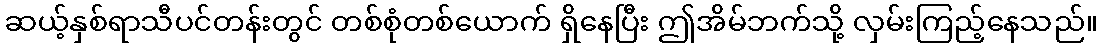
ဆယ့်နှစ်ရာသီပင်တန်းတွင် တစ်စုံတစ်ယောက် ရှိနေပြီး ဤအိမ်ဘက်သို့ လှမ်းကြည့်နေသည်။